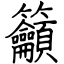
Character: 籲